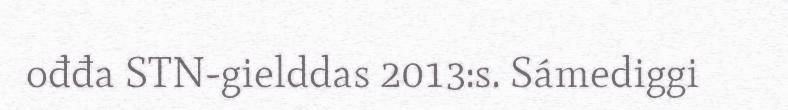
ođđa STN-gielddas 2013:s. Sámediggi